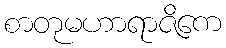
စာတုမဟာရာဇိကေ